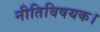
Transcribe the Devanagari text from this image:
नीतिविषयक।